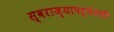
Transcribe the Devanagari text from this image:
स्वराज्यापर्यंतची